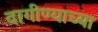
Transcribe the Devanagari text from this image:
दागीण्याच्या